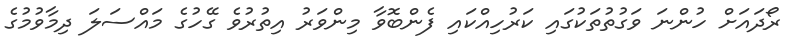
ރޯދައަށް ހުންނަ ވަގުތުތަކުގައި ކަރުހިއްކައި ފެންބޮވާ މިންވަރު އިތުރުވެ ގޭހުގެ މައްސަލަ ދިމާވުމުގެ